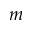
m